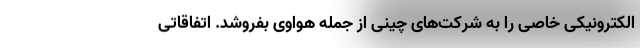
الکترونیکی خاصی را به شرکت‌های چینی از جمله هواوی بفروشد. اتفاقاتی